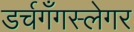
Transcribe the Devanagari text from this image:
डर्चगँगस्लेगर